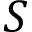
S